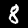
Digit: 8